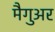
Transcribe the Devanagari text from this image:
मैगुअर